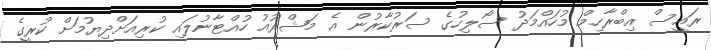
ރައީސް އިބްރާހިމް މުހައްމަދު ސޯލިހުގެ ސަރުކާރުން އެ މަޝްރޫއު ހުއްޓާނުލައި ކުރިއަށްދިޔުމަށް ކުރީގެ